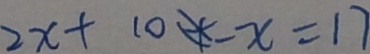
2 x + 1 0 - x = 1 7